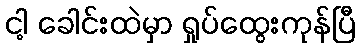
ငါ့ ခေါင်းထဲမှာ ရှုပ်ထွေးကုန်ပြီ